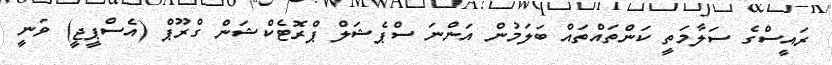
ރައީސްގެ ސަލާމަތީ ކަންތައްތައް ބަލަމުން އަންނަ ސްޕެޝަލް ޕްރޮޓެކްޝަން ގްރޫޕް (އެސްޕީޖީ) ވަނީ